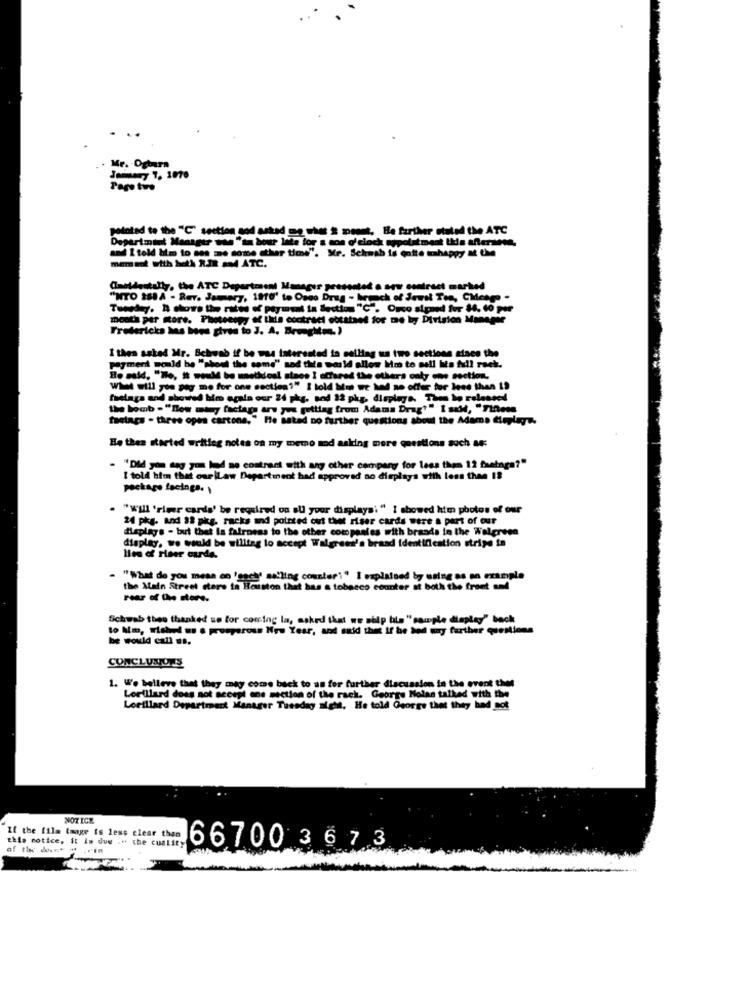
Mr. - Oghara
January 7, 1070
Page two
polotad to the "C" section sod asked me she 2 meant. Be further stated the ATC
Department Manager van "ta bour late for a son o'clock sopolatment Uds aftersete,
and I told him to ses me some other time", Mr. Schwab is quite ahappy at the
Camidentally, the ATC Department Manager presented o srw contract marked
"NTO 288 A - Rev. Jammery, 1810' to Osco Drug - hemoch of Jewel Tea, Cionge -
Tuesday. A chore the rites of payment la Section "C". Orso signed for 14. 60 por
mouth per more. Photocopy of this contract cotataed for me by Division Manager
Fredericks has boes gives to J. A. Broughton. )
I then asked Mr. Schwab if be was interested in selling un two sections since the
payment would be "shoul the soms" sad the world allow Mm to sall hits full rack.
He said, "He, it would be unethical staes I altared the others only one section,
What will you pey me for one section?" I told him we had so offer for less than 19
fuelaga and showed him again our 24 pkg. sod 32 pkg, displays. Then to ralessed
the bomb . "Bow mty factag are you gettiag from Adams Drag"" I said, "TiRoss
faaings - thres open cartons," He asked no further questions about the Adams displays.
Be thea started writing notes on my memo md asking more questions such as:
"Did you say you lead no contract with any other company for less than 12 fastnga?"
I told him that our |Law Department had approved no displays with less than 18
package facings.
"will 'river cards' be required on all your displaysi" I showed him photos of our
24 pkg. and 32 pkg. racks and pointed out thet riser cards were a part of our
displays - but that is fairness to the other companies with brands in the Walgreen
display, we would be willing to accept Walgreen's braad identification stripe in
les of riser cards.
- "What do you mean on 'gach' sa'ling counteri" I explained by using as an example
the Main Street stere in Houston that has a tobacco counter at both the front and
Schwab thee thanked us for coming la, asked that we ship bis"sample display" back
to Mi, siehed .s & prosperous New Year, and said that If he had any further questions
be would call us.
CONCLUSIONS
1. We balleve that they may come back to us for further discussion in the event the
Lorillard does not accept one section of the rack. George Nolan talked with the
Lorillard Department Manager Tuesday night, He told George that they had not
NOTICE
If the film image is less clear than
this notice, it Is due ." che cuality
of the dove* * . rin
66700 3 6 73